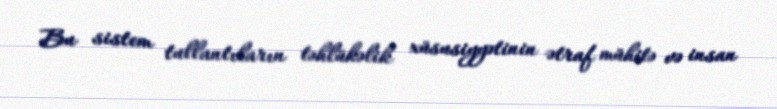
Bu sistem tullantıların təhlükəlik xüsusiyyətinin ətraf mühitə və insan